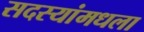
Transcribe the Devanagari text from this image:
सदस्यांमधला